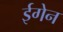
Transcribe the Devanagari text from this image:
ईगेन